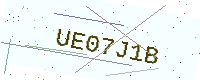
Text: UE07J1B